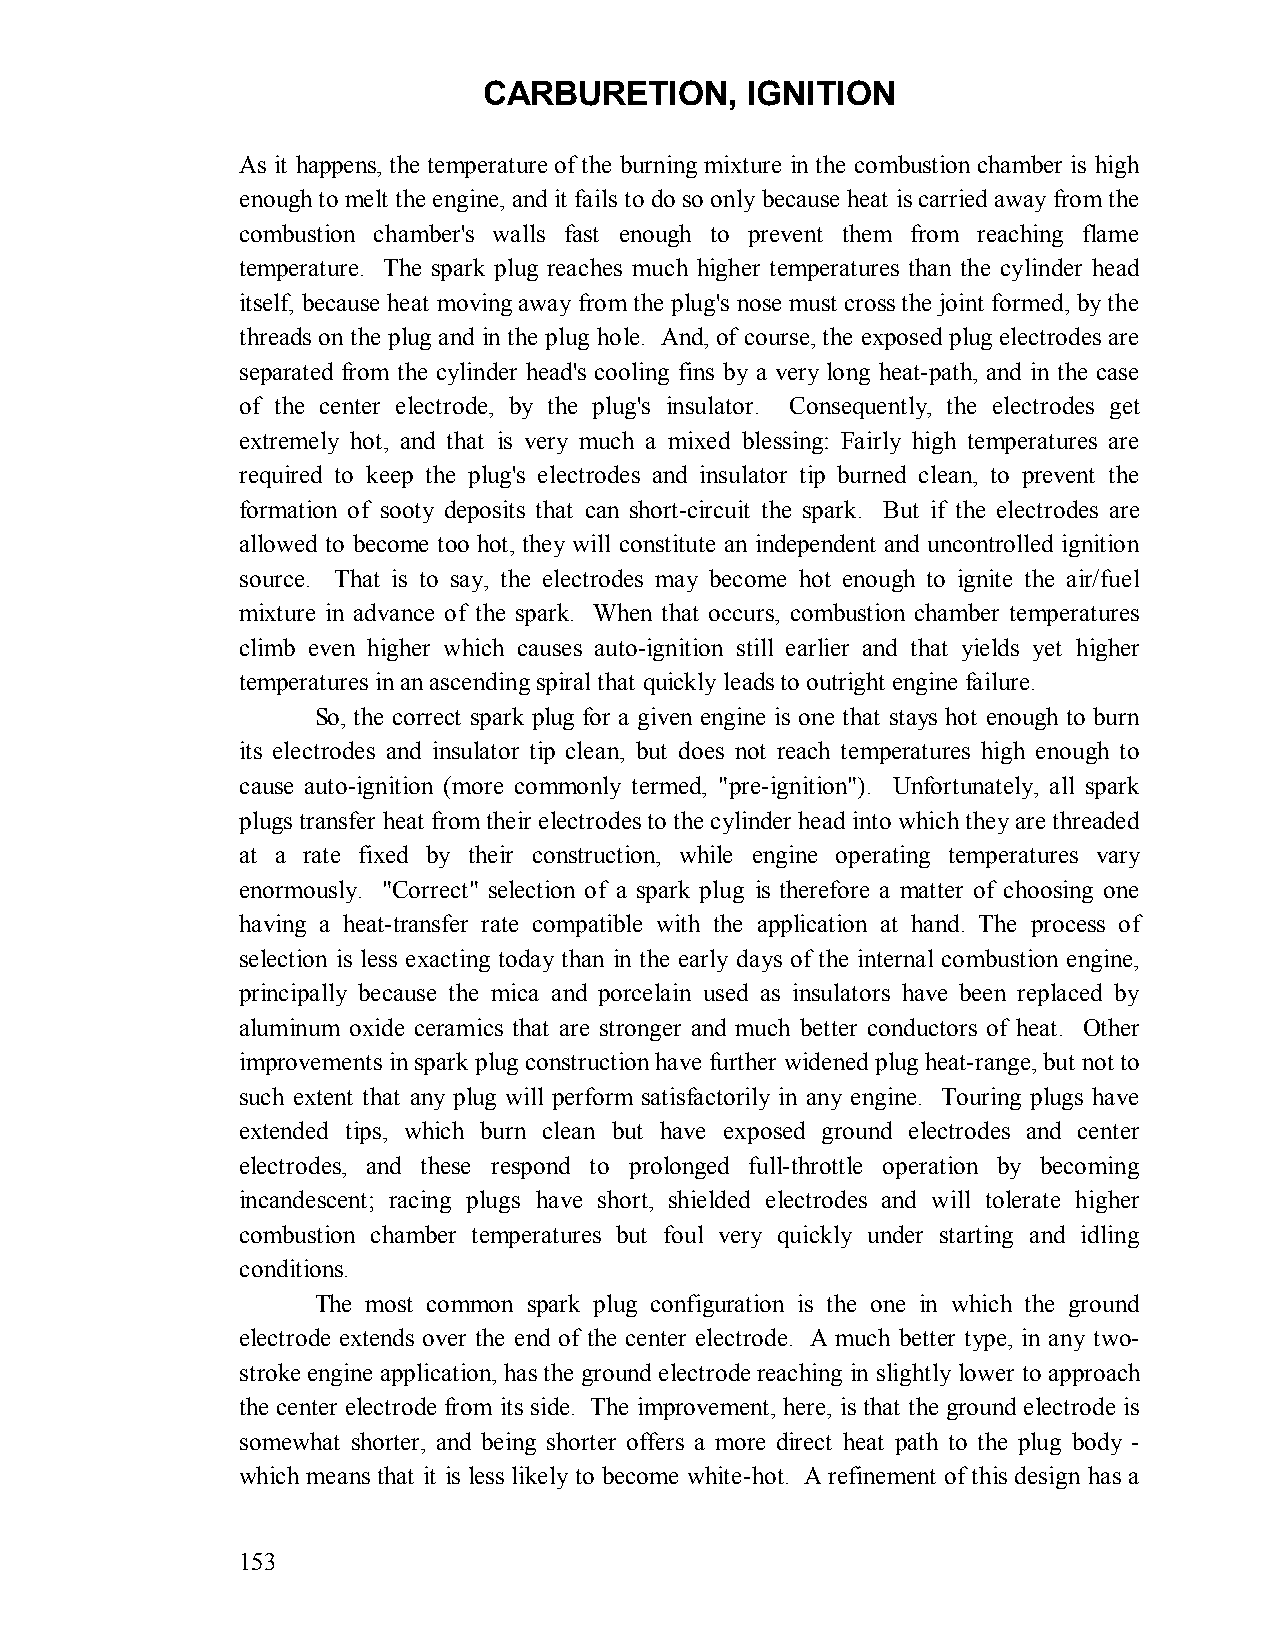
CARBURETION,     IGNITION
 As it happens, the temperature of the burning mixture in the combustion chamber is high
 enough to melt the engine, and it fails to do so only because heat is carried away from the
 combustion chamber's walls fast enough to prevent them from reaching flame
 temperature. The spark plug reaches much higher temperatures than the cylinder head
 itself, because heat moving away from the plug's nose must cross the joint formed, by the
 threads on the plug and in the plug hole. And, of course, the exposed plug electrodes are
 separated from the cylinder head's cooling fins by a very long heat-path, and in the case
 of the center electrode, by the plug's insulator. Consequently, the electrodes get
 extremely hot, and that is very much a mixed blessing: Fairly high temperatures are
 required to keep the plug's electrodes and insulator tip burned clean, to prevent the
 formation of sooty deposits that can short-circuit the spark. But if the electrodes are
 allowed to become too hot, they will constitute an independent and uncontrolled ignition
 source. That is to say, the electrodes may become hot enough to ignite the air/fuel
 mixture in advance of the spark. When that occurs, combustion chamber temperatures
 climb even higher which causes auto-ignition still earlier and that yields yet higher
 temperatures in an ascending spiral that quickly leads to outright engine failure.
 So, the correct spark plug for a given engine is one that stays hot enough to burn
 its electrodes and insulator tip clean, but does not reach temperatures high enough to
 cause auto-ignition (more commonly termed, "pre-ignition"). Unfortunately, all spark
 plugs transfer heat from their electrodes to the cylinder head into which they are threaded
 at a rate fixed by their construction, while engine operating temperatures vary
 enormously. "Correct" selection of a spark plug is therefore a matter of choosing one
 having a heat-transfer rate compatible with the application at hand. The process of
 selection is less exacting today than in the early days of the internal combustion engine,
 principally because the mica and porcelain used as insulators have been replaced by
 aluminum oxide ceramics that are stronger and much better conductors of heat. Other
 improvements in spark plug construction have further widened plug heat-range, but not to
 such extent that any plug will perform satisfactorily in any engine. Touring plugs have
 extended tips, which burn clean but have exposed ground electrodes and center
 electrodes, and these respond to prolonged full-throttle operation by becoming
 incandescent; racing plugs have short, shielded electrodes and will tolerate higher
 combustion chamber temperatures but foul very quickly under starting and idling
 conditions.
 The most common spark plug configuration is the one in which the ground
 electrode extends over the end of the center electrode. A much better type, in any two-
 stroke engine application, has the ground electrode reaching in slightly lower to approach
 the center electrode from its side. The improvement, here, is that the ground electrode is
 somewhat shorter, and being shorter offers a more direct heat path to the plug body -
 which means that it is less likely to become white-hot. A refinement of this design has a
 153